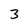
Character: 3